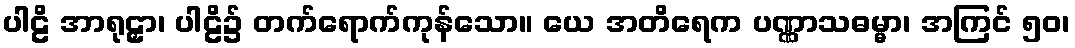
ပါဠိ အာရုဠှာ၊ ပါဠိ၌ တက်ရောက်ကုန်သော။ ယေ အတိရေက ပဏ္ဏာသဓမ္မာ၊ အကြင် ၅၀၊